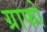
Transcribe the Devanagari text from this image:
ग्राफो